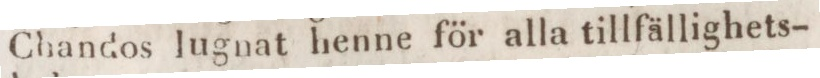
Chandos lugnat henne för alla tillfällighets-